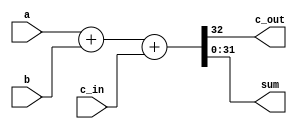
module Verification_nbit(c_out, sum, a, b, c_in);

	parameter W = 32;

	input	[W-1:0] a, b; //declare inputs a, b, and c_in, one bit each
	input c_in;
	output c_out; //declare outputs c_out and sum, one bit each
	output [W-1:0]	sum;

	assign {c_out, sum} = a + b + c_in;

endmodule